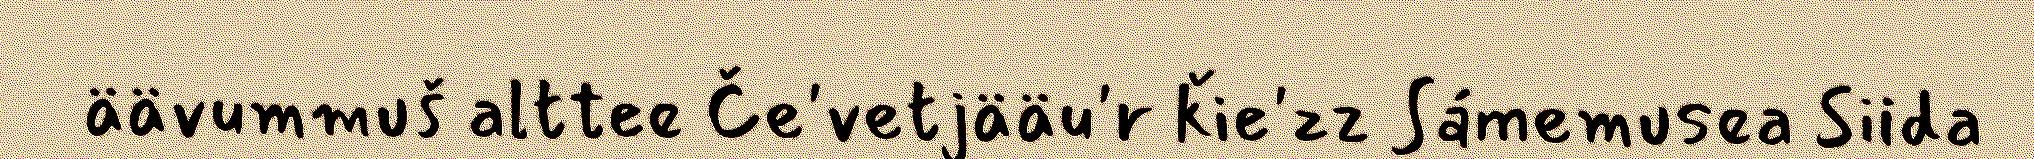
äävummuš alttee Če'vetjääu'r ǩie'zz Sámemusea Siida